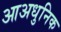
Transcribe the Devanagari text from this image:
आअधुनिक